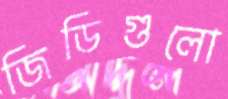
জিডিগুলো